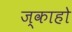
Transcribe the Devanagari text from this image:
ज्काहो